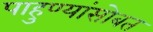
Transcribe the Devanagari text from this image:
पाहुण्यांसोबत